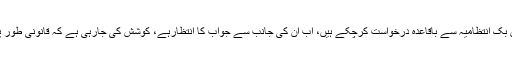
اس موقع پر ایف آئی اےحکام نے بریفنگ دیتے ہوئے بتایا کہ گستاخانہ مواد سے متعلق فیس بک انتظامیہ سے باقاعدہ درخواست کرچکے ہیں، اب ان کی جانب سے جواب کا انتظارہے، کوشش کی جارہی ہے کہ قانونی طور پرفیس بک کو پابند کیا جائے، فیس بک آزادی اظہار کے نام پر دل آزاری کا آلہ کارنہ بنے۔